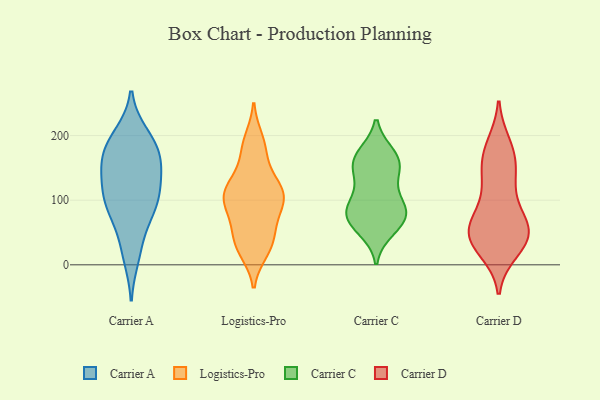
{"axis": {"x": "Inventory Turnover", "y": "Value"}, "legend": ["Carrier A", "Carrier C", "Carrier D", "Logistics-Pro"], "data": [{"x": "", "y": 103, "type": "Carrier A"}, {"x": "", "y": 84, "type": "Carrier A"}, {"x": "", "y": 131, "type": "Carrier A"}, {"x": "", "y": 86, "type": "Carrier A"}, {"x": "", "y": 173, "type": "Carrier A"}, {"x": "", "y": 83, "type": "Carrier A"}, {"x": "", "y": 193, "type": "Carrier A"}, {"x": "", "y": 31, "type": "Carrier A"}, {"x": "", "y": 154, "type": "Carrier A"}, {"x": "", "y": 13, "type": "Carrier A"}, {"x": "", "y": 161, "type": "Carrier A"}, {"x": "", "y": 158, "type": "Carrier A"}, {"x": "", "y": 126, "type": "Carrier A"}, {"x": "", "y": 188, "type": "Carrier A"}, {"x": "", "y": 200, "type": "Carrier A"}, {"x": "", "y": 106, "type": "Carrier A"}, {"x": "", "y": 114, "type": "Logistics-Pro"}, {"x": "", "y": 64, "type": "Logistics-Pro"}, {"x": "", "y": 22, "type": "Logistics-Pro"}, {"x": "", "y": 144, "type": "Logistics-Pro"}, {"x": "", "y": 31, "type": "Logistics-Pro"}, {"x": "", "y": 177, "type": "Logistics-Pro"}, {"x": "", "y": 193, "type": "Logistics-Pro"}, {"x": "", "y": 99, "type": "Logistics-Pro"}, {"x": "", "y": 111, "type": "Logistics-Pro"}, {"x": "", "y": 119, "type": "Logistics-Pro"}, {"x": "", "y": 35, "type": "Logistics-Pro"}, {"x": "", "y": 121, "type": "Logistics-Pro"}, {"x": "", "y": 101, "type": "Logistics-Pro"}, {"x": "", "y": 98, "type": "Logistics-Pro"}, {"x": "", "y": 104, "type": "Logistics-Pro"}, {"x": "", "y": 183, "type": "Logistics-Pro"}, {"x": "", "y": 52, "type": "Logistics-Pro"}, {"x": "", "y": 77, "type": "Logistics-Pro"}, {"x": "", "y": 28, "type": "Logistics-Pro"}, {"x": "", "y": 83, "type": "Carrier C"}, {"x": "", "y": 150, "type": "Carrier C"}, {"x": "", "y": 149, "type": "Carrier C"}, {"x": "", "y": 93, "type": "Carrier C"}, {"x": "", "y": 75, "type": "Carrier C"}, {"x": "", "y": 160, "type": "Carrier C"}, {"x": "", "y": 88, "type": "Carrier C"}, {"x": "", "y": 55, "type": "Carrier C"}, {"x": "", "y": 72, "type": "Carrier C"}, {"x": "", "y": 66, "type": "Carrier C"}, {"x": "", "y": 119, "type": "Carrier C"}, {"x": "", "y": 167, "type": "Carrier C"}, {"x": "", "y": 170, "type": "Carrier C"}, {"x": "", "y": 45, "type": "Carrier D"}, {"x": "", "y": 66, "type": "Carrier D"}, {"x": "", "y": 130, "type": "Carrier D"}, {"x": "", "y": 38, "type": "Carrier D"}, {"x": "", "y": 63, "type": "Carrier D"}, {"x": "", "y": 177, "type": "Carrier D"}, {"x": "", "y": 185, "type": "Carrier D"}, {"x": "", "y": 103, "type": "Carrier D"}, {"x": "", "y": 44, "type": "Carrier D"}, {"x": "", "y": 65, "type": "Carrier D"}, {"x": "", "y": 60, "type": "Carrier D"}, {"x": "", "y": 155, "type": "Carrier D"}, {"x": "", "y": 33, "type": "Carrier D"}, {"x": "", "y": 39, "type": "Carrier D"}, {"x": "", "y": 169, "type": "Carrier D"}, {"x": "", "y": 23, "type": "Carrier D"}, {"x": "", "y": 133, "type": "Carrier D"}]}